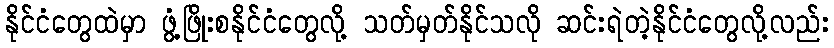
နိုင်ငံတွေထဲမှာ ဖွံ့ဖြိုးစနိုင်ငံတွေလို့ သတ်မှတ်နိုင်သလို ဆင်းရဲတဲ့နိုင်ငံတွေလို့လည်း